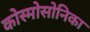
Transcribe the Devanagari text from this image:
कोस्मोसोनिका